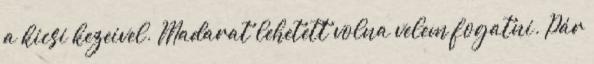
a kicsi kezeivel. Madarat lehetett volna velem fogatni. Pár